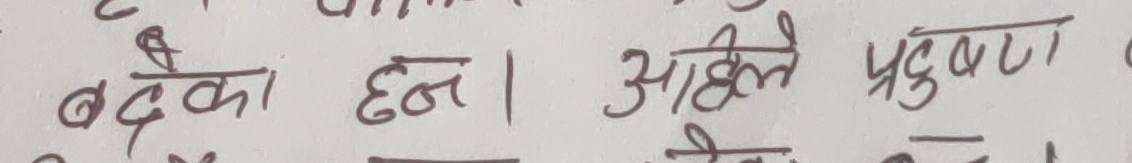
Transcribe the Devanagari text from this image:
बढेका छन। अहिले प्रदुषण को